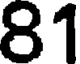
81